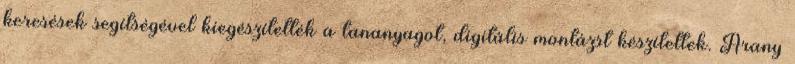
keresések segítségével kiegészítették a tananyagot, digitális montázst készítettek. Arany